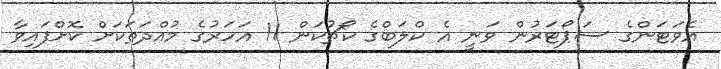
އެވަޓަންގެ ސަޕޯޓަރުން ވަނީ އެ ކްލަބްގެ ކޯޗުކަން 11 އަހަރުގެ މުއްދަތަކަށް ކޮށްފައިވާ